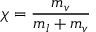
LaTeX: \chi = { \frac { m _ { v } } { m _ { l } + m _ { v } } }